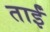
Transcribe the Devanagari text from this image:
ताईं